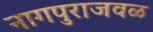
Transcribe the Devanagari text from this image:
नागपुराजवळ